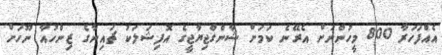
އެއްފަހަރާ 800 މީހުންނަށް އެރޭނެ ކަމަށް ޝާންގްޖިޔާޖީގެ އޮފިޝަލަކު ޗައިނާގެ ޒިންހުއާ ނޫހަށް